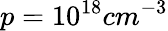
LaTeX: p=10^{18}cm^{-3}